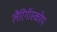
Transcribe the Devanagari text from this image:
लैरिंगॉस्कोप